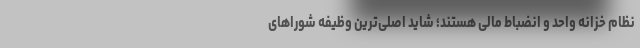
نظام خزانه واحد و انضباط مالی هستند؛ شاید اصلی‌ترین وظیفه شوراهای